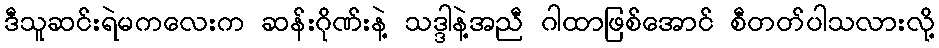
ဒီသူဆင်းရဲမကလေးက ဆန်းဂိုဏ်းနဲ့ သဒ္ဒါနဲ့အညီ ဂါထာဖြစ်အောင် စီတတ်ပါသလားလို့